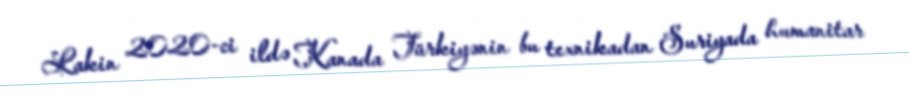
Lakin 2020-ci ildə Kanada Türkiyənin bu texnikadan Suriyada humanitar